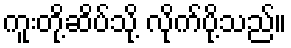
ကူးတို့ဆိပ်သို့ လိုက်ပို့သည်။